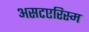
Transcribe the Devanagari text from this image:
असटएरिस्म